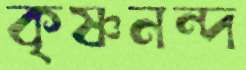
কৃষ্ণনন্দ